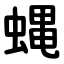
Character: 蝿